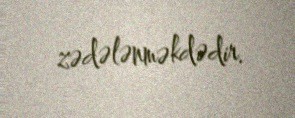
zədələnməkdədir.